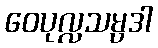
ဝေပုလ္လသမ္ပဒါ